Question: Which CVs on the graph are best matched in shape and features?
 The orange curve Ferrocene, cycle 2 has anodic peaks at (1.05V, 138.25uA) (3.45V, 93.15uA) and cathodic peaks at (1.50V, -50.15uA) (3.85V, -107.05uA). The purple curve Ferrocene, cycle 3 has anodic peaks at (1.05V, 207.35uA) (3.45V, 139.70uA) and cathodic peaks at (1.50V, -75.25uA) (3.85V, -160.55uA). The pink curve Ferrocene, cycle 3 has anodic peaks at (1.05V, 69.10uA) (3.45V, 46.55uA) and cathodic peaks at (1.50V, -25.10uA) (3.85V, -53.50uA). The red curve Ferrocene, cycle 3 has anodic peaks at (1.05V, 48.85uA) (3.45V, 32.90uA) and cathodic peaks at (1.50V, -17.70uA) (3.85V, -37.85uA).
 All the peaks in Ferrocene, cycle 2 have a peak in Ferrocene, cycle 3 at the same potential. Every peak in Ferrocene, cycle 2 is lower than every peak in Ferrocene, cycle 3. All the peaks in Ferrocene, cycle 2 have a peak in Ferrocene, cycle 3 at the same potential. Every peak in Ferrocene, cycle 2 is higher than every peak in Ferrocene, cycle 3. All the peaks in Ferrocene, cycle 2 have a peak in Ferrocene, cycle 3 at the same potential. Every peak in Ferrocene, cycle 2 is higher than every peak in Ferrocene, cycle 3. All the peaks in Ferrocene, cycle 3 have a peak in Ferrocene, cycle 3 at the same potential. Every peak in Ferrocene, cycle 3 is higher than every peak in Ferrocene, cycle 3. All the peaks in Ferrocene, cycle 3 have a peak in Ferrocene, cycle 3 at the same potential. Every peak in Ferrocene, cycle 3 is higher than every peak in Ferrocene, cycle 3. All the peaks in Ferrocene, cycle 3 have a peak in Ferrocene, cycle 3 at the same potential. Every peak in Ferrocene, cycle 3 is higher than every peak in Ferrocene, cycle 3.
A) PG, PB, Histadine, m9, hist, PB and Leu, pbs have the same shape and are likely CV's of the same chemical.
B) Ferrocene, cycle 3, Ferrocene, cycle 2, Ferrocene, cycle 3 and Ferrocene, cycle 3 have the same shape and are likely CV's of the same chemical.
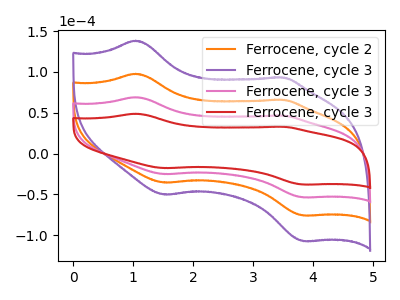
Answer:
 <answer>B) "Ferrocene, cycle 3", "Ferrocene, cycle 2", "Ferrocene, cycle 3" and "Ferrocene, cycle 3" have the same shape and are likely CV's of the same chemical.</answer>
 <eval>B</eval>